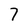
Character: 7